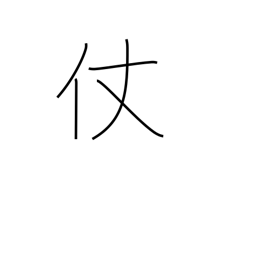
Meaning: stick